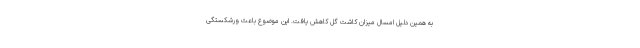
به همین دلیل امسال میزان کاشت گل کاهش یافت. این موضوع باعث ورشکستگی